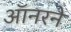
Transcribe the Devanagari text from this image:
ऑनरने